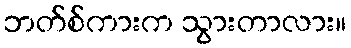
ဘတ်စ်ကားက သွားတာလား။